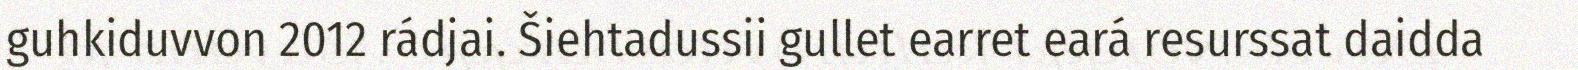
guhkiduvvon 2012 rádjai. Šiehtadussii gullet earret eará resurssat daidda